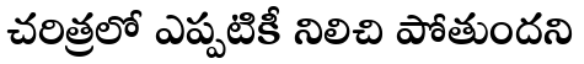
చరిత్రలో ఎప్పటికీ నిలిచి పోతుందని